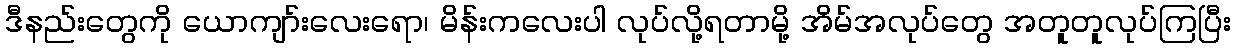
ဒီနည်းတွေကို ယောကျာ်းလေးရော၊ မိန်းကလေးပါ လုပ်လို့ရတာမို့ အိမ်အလုပ်တွေ အတူတူလုပ်ကြပြီး